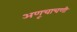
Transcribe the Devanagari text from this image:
अणूचाचणी